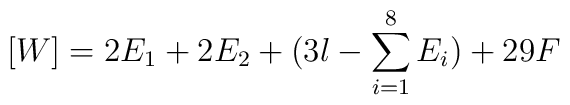
[W]=2E_{1}+2E_{2}+(3l-\sum_{i=1}^{8}E_{i}) + 29F